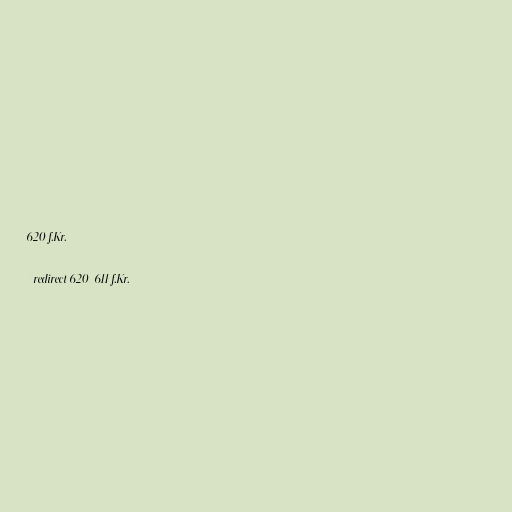
620 f.Kr.

#redirect 620–611 f.Kr.